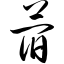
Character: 蓿